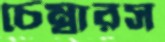
চেম্বারস